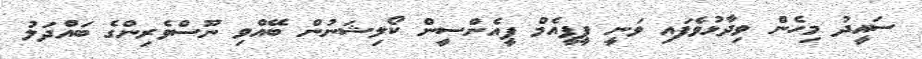
ސައީދު މިހެން ވިދާޅުވެފައި ވަނީ ޕީޕީއެމް ޕީއެންސީން ކޯލިޝަނުން ބޭއްވި ނޫސްވެރިންގެ ބައްދަލު